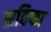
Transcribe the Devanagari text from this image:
सहिफा